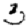
Digit: 3